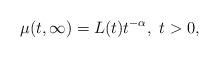
LaTeX: \begin{align*}\mu(t, \infty) = L(t)t^{-\alpha}, ~ t > 0,\end{align*}